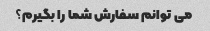
می توانم سفارش شما را بگیرم؟